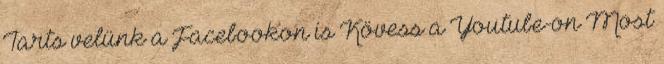
Tarts velünk a Facebookon is Kövess a Youtube-on Most